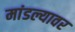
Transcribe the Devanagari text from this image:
मांडल्यावर